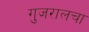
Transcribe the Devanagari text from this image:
गुजरालचा